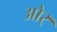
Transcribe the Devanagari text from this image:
ओर्‍